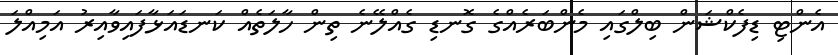
އެންޓި ޑިފެކްޝަން ބިލްގައި މެންބަރެއްގެ ގޮނޑި ގެއްލޭނެ ތިން ހާލަތެއް ކަނޑައަޅާފައިވާއިރު އަމިއްލަ